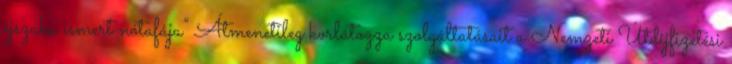
éjszaka ismert nótafája” Átmenetileg korlátozza szolgáltatásait a Nemzeti Útdíjfizetési